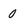
Character: 0